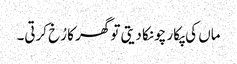
ماں کی پکار چونکا دیتی تو گھر کا رُخ کرتی۔